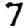
Digit: 7